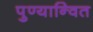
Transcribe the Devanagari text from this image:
पुण्यान्वित